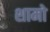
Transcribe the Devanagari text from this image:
शामो